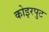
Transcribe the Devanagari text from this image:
कोइरपुट